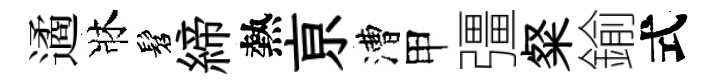
遹牀髫締熱亰漕甲彊粲鍮式